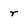
Character: r